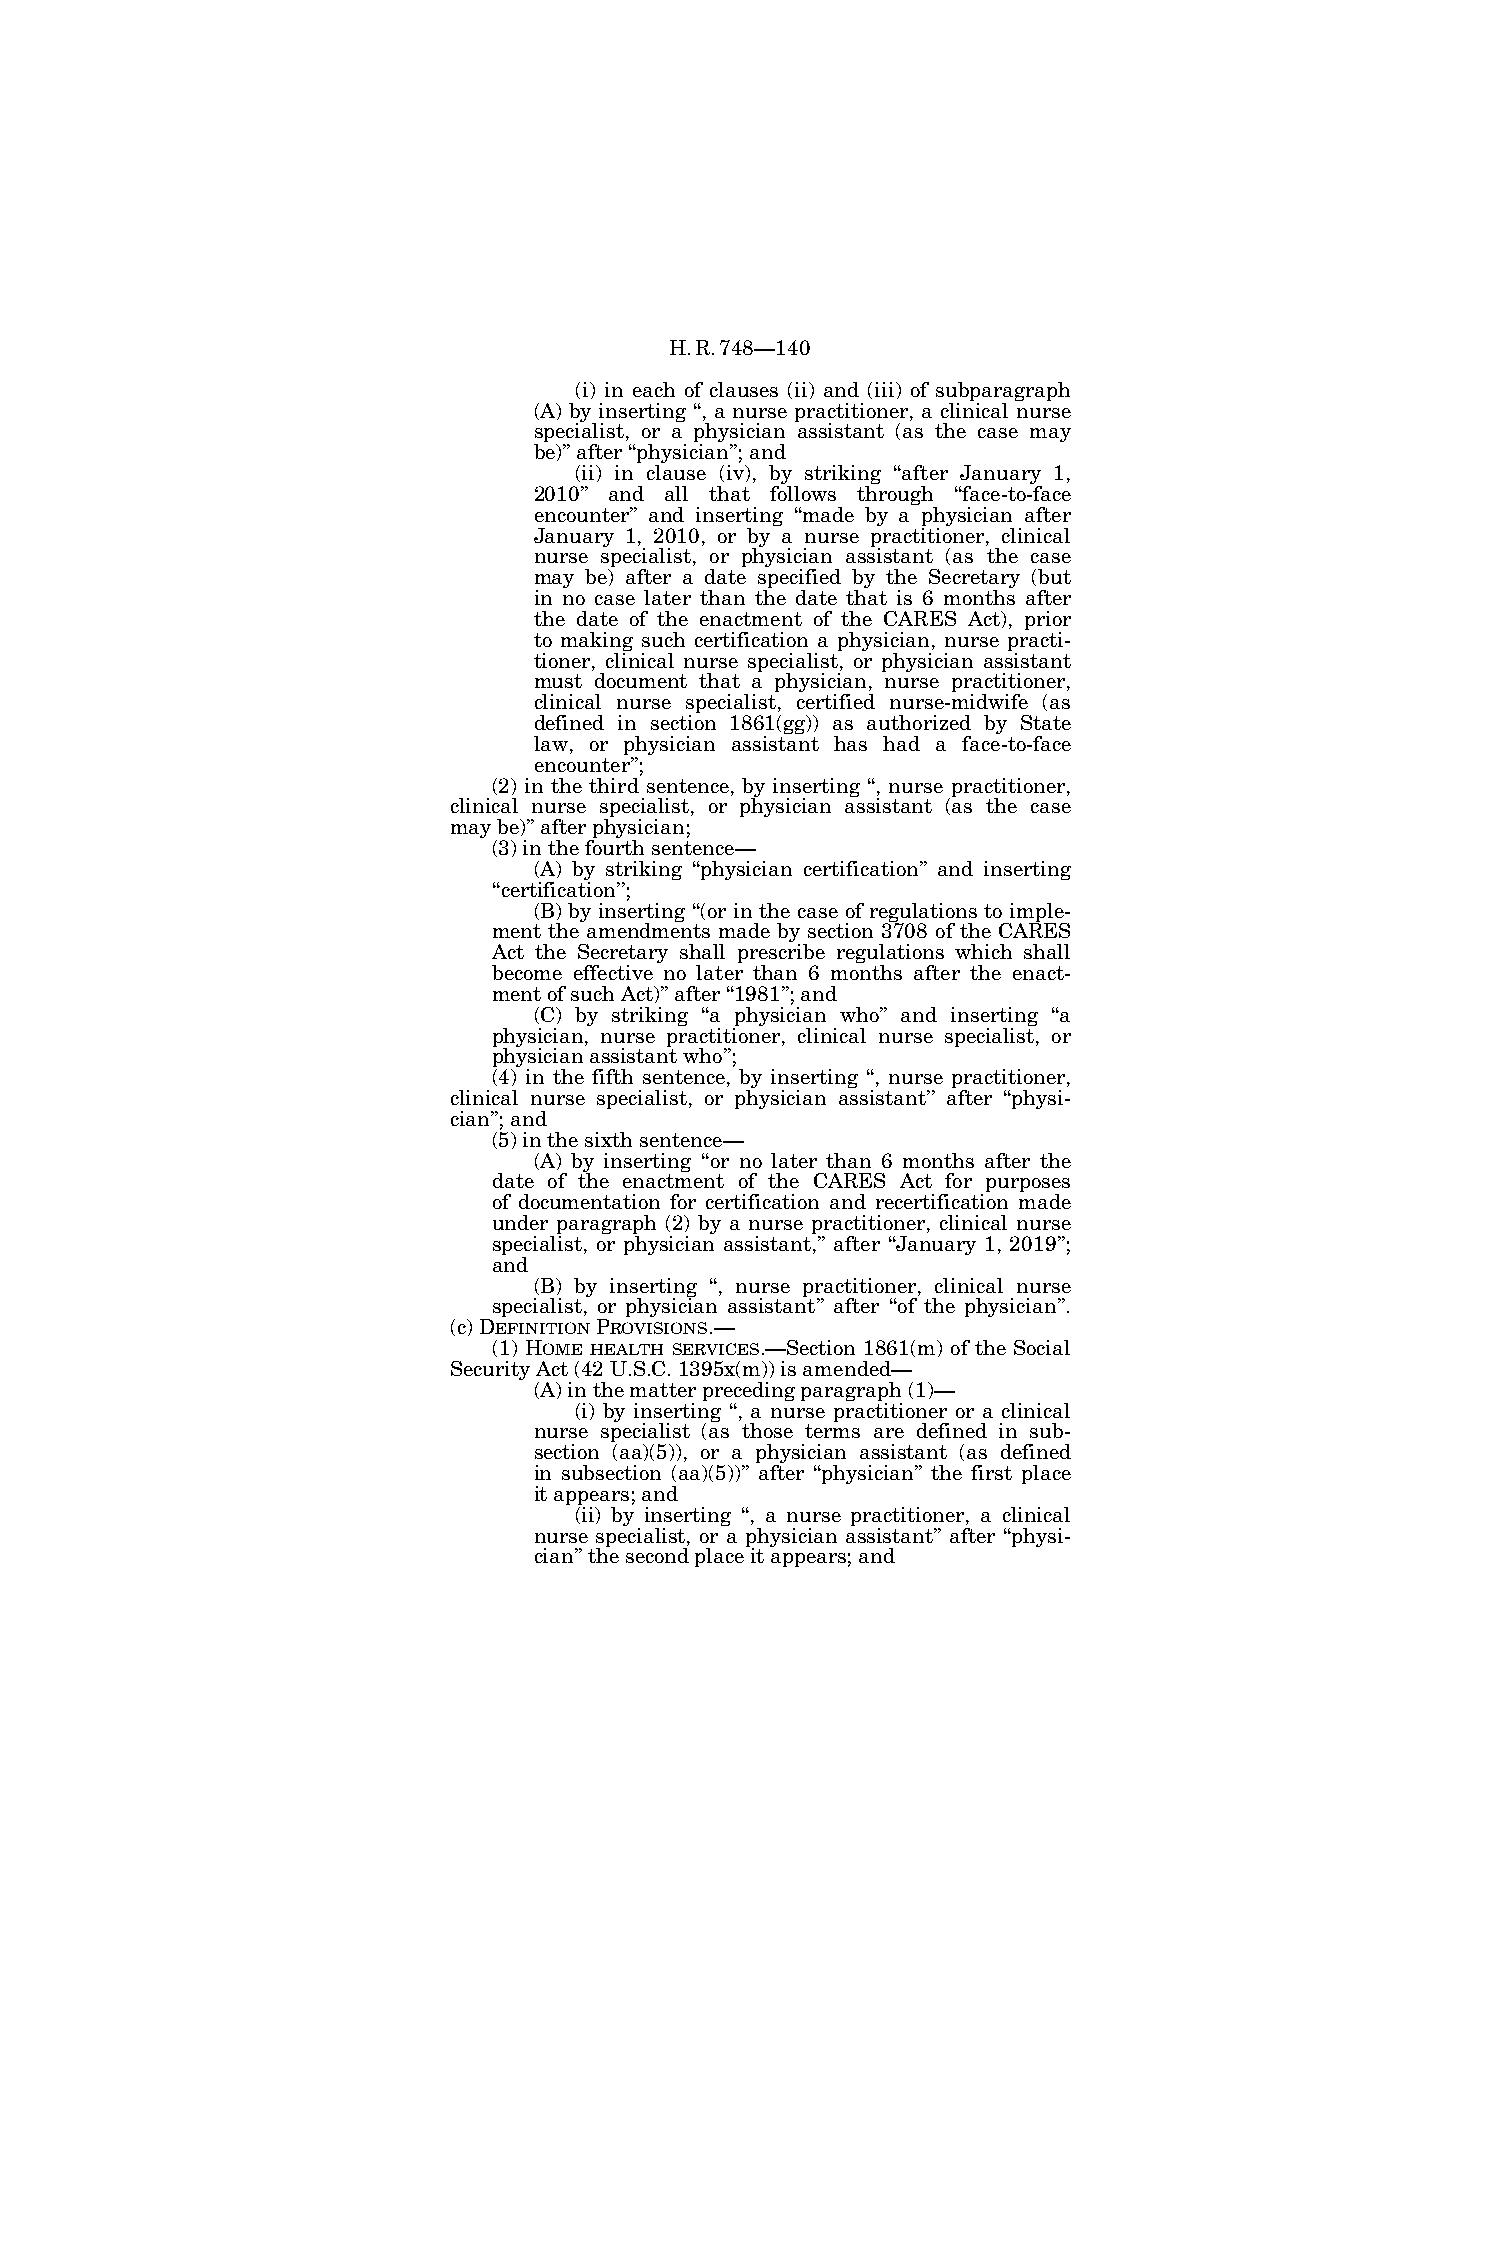
H.R.748—140
 (i) in each of clauses (ii) and (iii) of subparagraph
 (A) by inserting ‘‘, a nurse practitioner, a clinical nurse
 specialist, or a physician assistant (as the case may
 be)’’ after ‘‘physician’’; and
 (ii) in clause (iv), by striking ‘‘after January 1,
 2010’’ and all that follows through ‘‘face-to-face
 encounter’’ and inserting ‘‘made by a physician after
 January 1, 2010, or by a nurse practitioner, clinical
 nurse specialist, or physician assistant (as the case
 may be) after a date specified by the Secretary (but
 in no case later than the date that is 6 months after
 the date of the enactment of the CARES Act), prior
 to making such certification a physician, nurse practi-
 tioner, clinical nurse specialist, or physician assistant
 must document that a physician, nurse practitioner,
 clinical nurse specialist, certified nurse-midwife (as
 defined in section 1861(gg)) as authorized by State
 law, or physician assistant has had a face-to-face
 encounter’’;
 (2) in the third sentence, by inserting ‘‘, nurse practitioner,
 clinical nurse specialist, or physician assistant (as the case
 may be)’’ after physician;
 (3) in the fourth sentence—
 (A) by striking ‘‘physician certification’’ and inserting
 ‘‘certification’’;
 (B) by inserting ‘‘(or in the case of regulations to imple-
 ment the amendments made by section 3708 of the CARES
 Act the Secretary shall prescribe regulations which shall
 become effective no later than 6 months after the enact-
 ment of such Act)’’ after ‘‘1981’’; and
 (C) by striking ‘‘a physician who’’ and inserting ‘‘a
 physician, nurse practitioner, clinical nurse specialist, or
 physician assistant who’’;
 (4) in the fifth sentence, by inserting ‘‘, nurse practitioner,
 clinical nurse specialist, or physician assistant’’ after ‘‘physi-
 cian’’; and
 (5) in the sixth sentence—
 (A) by inserting ‘‘or no later than 6 months after the
 date of the enactment of the CARES Act for purposes
 of documentation for certification and recertification made
 under paragraph (2) by a nurse practitioner, clinical nurse
 specialist, or physician assistant,’’ after ‘‘January 1, 2019’’;
 and
 (B) by inserting ‘‘, nurse practitioner, clinical nurse
 specialist, or physician assistant’’ after ‘‘of the physician’’.
 (c) DEFINITIONPROVISIONS.—
 (1) HOME HEALTH SERVICES.—Section 1861(m) of the Social
 Security Act (42 U.S.C. 1395x(m)) is amended—
 (A) in the matter preceding paragraph (1)—
 (i) by inserting ‘‘, a nurse practitioner or a clinical
 nurse specialist (as those terms are defined in sub-
 section (aa)(5)), or a physician assistant (as defined
 in subsection (aa)(5))’’ after ‘‘physician’’ the first place
 it appears; and
 (ii) by inserting ‘‘, a nurse practitioner, a clinical
 nurse specialist, or a physician assistant’’ after ‘‘physi-
 cian’’ the second place it appears; and